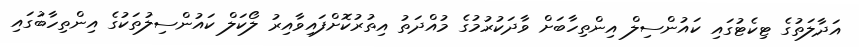
އަދާލަތުގެ ޓިކެޓުގައި ކައުންސިލް އިންތިހާބަށް ވާދަކުރުމުގެ މުއްދަތު އިތުރުކޮށްފައިވާއިރު ލޯކަލް ކައުންސިލުތަކުގެ އިންތިހާބުގައި